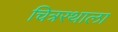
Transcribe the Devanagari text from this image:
चित्ररथाला